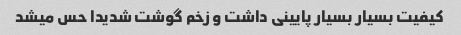
کیفیت بسیار بسیار پایینی داشت و زخم گوشت شدیدا حس میشد